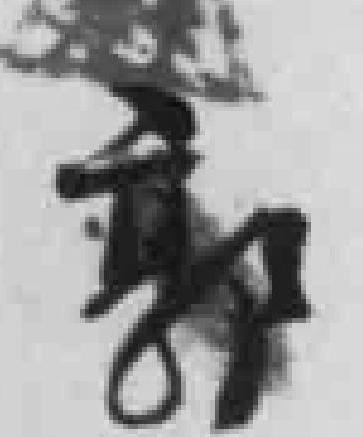
郭